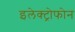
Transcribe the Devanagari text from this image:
इलेक्ट्रोफोन